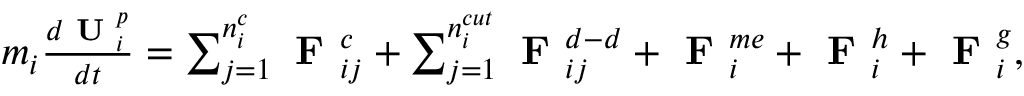
\begin{array} { r } { m _ { i } \frac { d \textbf { U } _ { i } ^ { p } } { d t } = \sum _ { j = 1 } ^ { n _ { i } ^ { c } } { \textbf { F } _ { i j } ^ { c } } + \sum _ { j = 1 } ^ { n _ { i } ^ { c u t } } { \textbf { F } _ { i j } ^ { d - d } } + \textbf { F } _ { i } ^ { m e } + \textbf { F } _ { i } ^ { h } + \textbf { F } _ { i } ^ { g } , } \end{array}